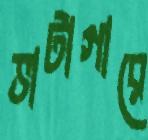
ভাটাগারে